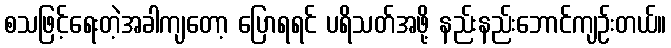
စသဖြင့်ရေးတဲ့အခါကျတော့ ပြောရရင် ပရိသတ်အဖို့ နည်းနည်းဘောင်ကျဉ်းတယ်။